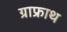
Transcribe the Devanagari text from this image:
ग्राफ्राथ